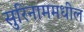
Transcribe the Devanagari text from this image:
सुरिनाममधील